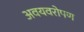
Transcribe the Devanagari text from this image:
अवयवरोपण